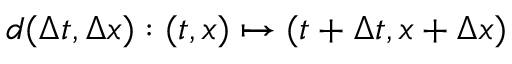
d ( \Delta t , \Delta x ) : ( t , x ) \mapsto ( t + \Delta t , x + \Delta x )